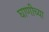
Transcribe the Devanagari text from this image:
घाणीच्या